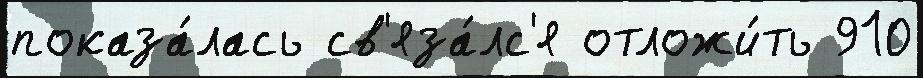
показа́лась св'яза́лс'я отложи́ть 910